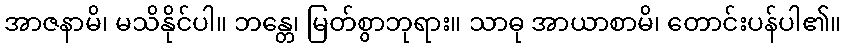
အာဇနာမိ၊ မသိနိုင်ပါ။ ဘန္တေ၊ မြတ်စွာဘုရား။ သာဓု အာယာစာမိ၊ တောင်းပန်ပါ၏။